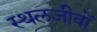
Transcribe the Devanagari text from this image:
स्थलजीवों